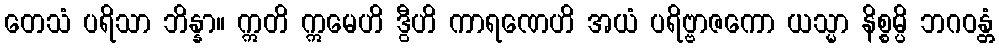
တေသံ ပရိသာ ဘိန္နာ။ ဣတိ ဣမေဟိ ဒွီဟိ ကာရဏေဟိ အယံ ပရိဗ္ဗာဇကော ယသ္မာ နိစ္စမ္ပိ ဘဂဝန္တံ